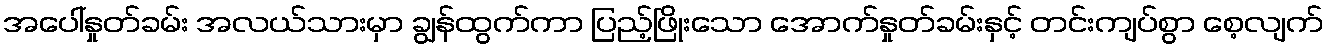
အပေါ်နှုတ်ခမ်း အလယ်သားမှာ ချွန်ထွက်ကာ ပြည့်ဖြိုးသော အောက်နှုတ်ခမ်းနှင့် တင်းကျပ်စွာ စေ့လျက်